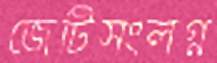
জেটিসংলগ্ন